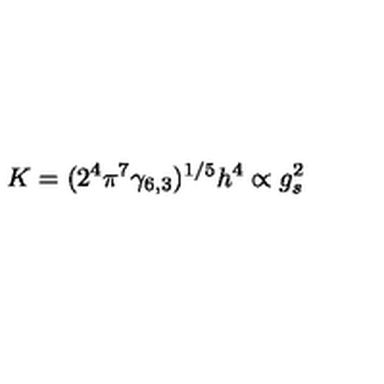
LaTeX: K = ( 2 ^ { 4 } \pi ^ { 7 } \gamma _ { 6 , 3 } ) ^ { 1 / 5 } h ^ { 4 } \propto g _ { s } ^ { 2 }